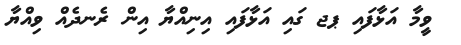
ވީމާ އަޅާފައި ޕޖ ގައި އަޅާފައި އިނިއްޔާ އިން ރެނދެއް ވިއްޔާ